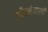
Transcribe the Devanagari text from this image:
जाँचनेवाली